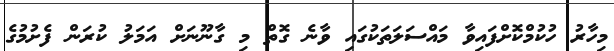
މިހާރު ހުކުމްކޮށްފައިވާ މައްސަލަތަކުގައި ވާނެ ގޮތް މި ގާނޫނަށް އަމަލު ކުރަން ފެށުމުގެ